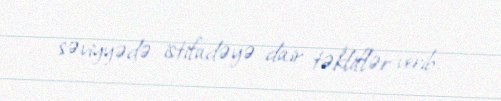
səviyyədə istifadəyə dair təkliflər verib.